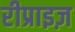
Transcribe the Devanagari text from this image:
रीप्राइज़